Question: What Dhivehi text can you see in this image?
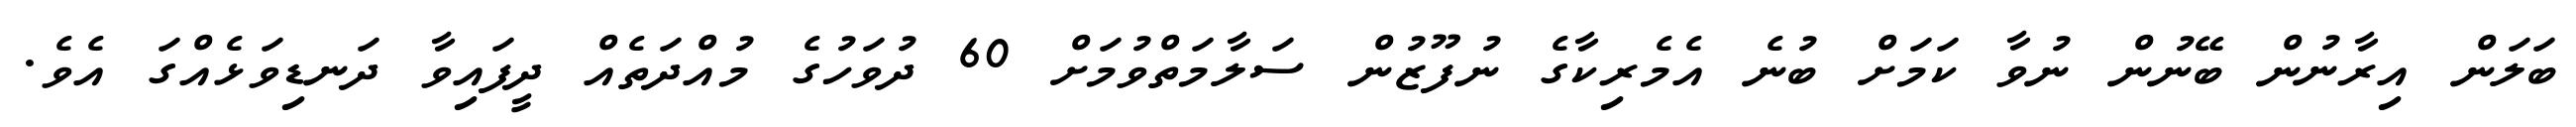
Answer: ބަލަން އިރާނުން ބޭނުން ނުވާ ކަމަށް ބުނެ އެމެރިކާގެ ނުފޫޒުން ސަލާމަތްވުމަށް 60 ދުވަހުގެ މުއްދަތެއް ދީފައިވާ ދަނޑިވަޅެއްގަ އެވެ.